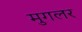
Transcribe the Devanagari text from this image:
मुगलर